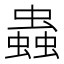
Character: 蟲